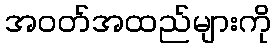
အဝတ်အထည်များကို